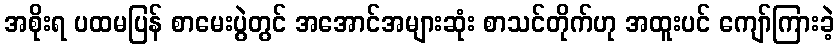
အစိုးရ ပထမပြန် စာမေးပွဲတွင် အအောင်အများဆုံး စာသင်တိုက်ဟု အထူးပင် ကျော်ကြားခဲ့